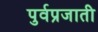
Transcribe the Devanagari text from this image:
पुर्वप्रजाती